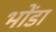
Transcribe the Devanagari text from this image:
भोंडा